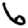
Digit: 6